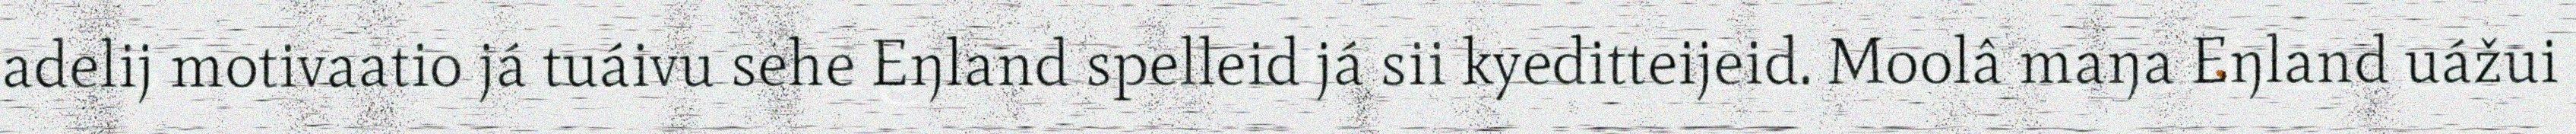
adelij motivaatio já tuáivu sehe Eŋland spelleid já sii kyeditteijeid. Moolâ maŋa Eŋland uážui